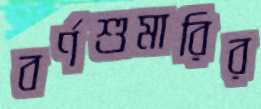
বর্ণশুমারির